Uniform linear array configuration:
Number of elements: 12
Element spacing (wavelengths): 0.5
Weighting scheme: exponential
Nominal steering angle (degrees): -30
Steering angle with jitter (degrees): -31.294
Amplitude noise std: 0.05
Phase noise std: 0.05

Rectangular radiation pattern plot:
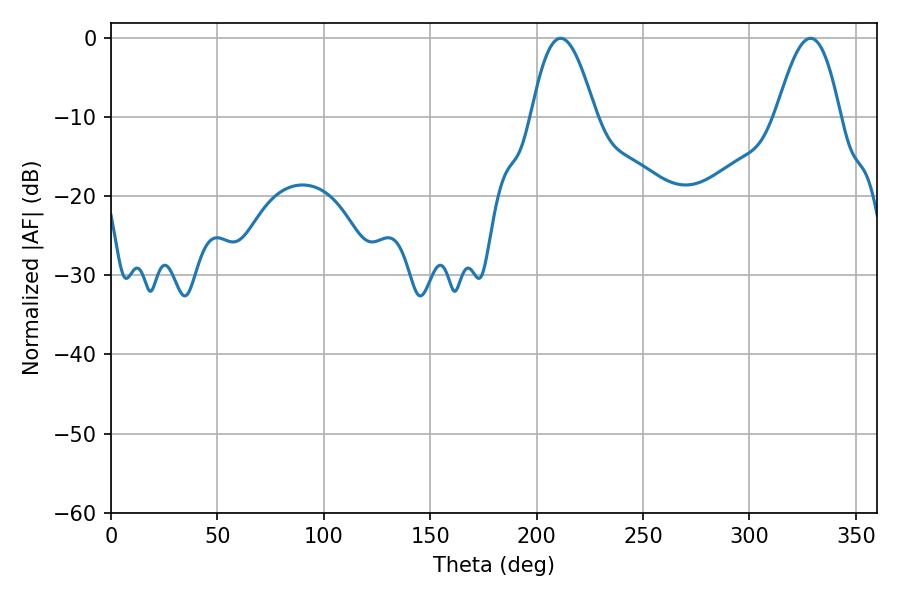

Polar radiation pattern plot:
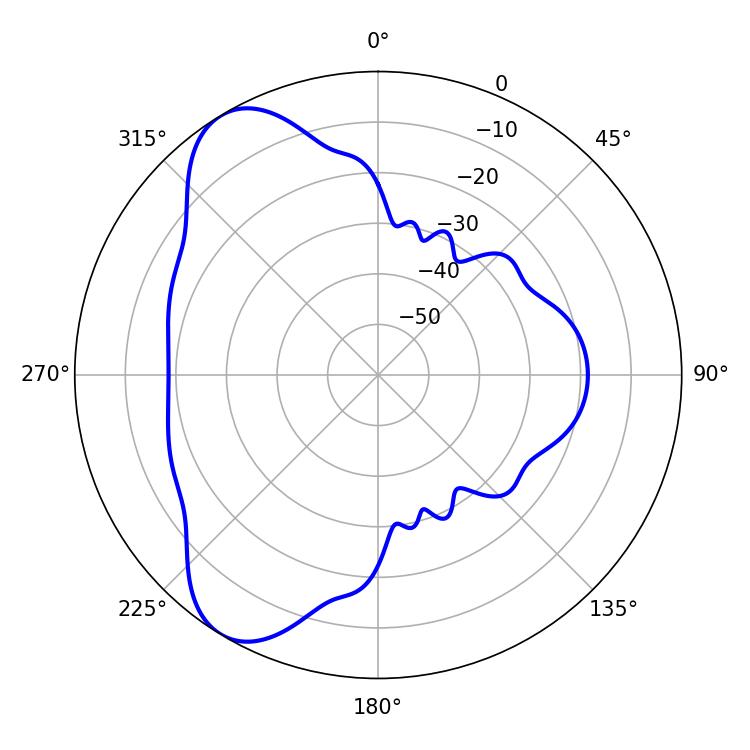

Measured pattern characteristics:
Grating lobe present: FALSE
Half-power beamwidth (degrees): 16.2
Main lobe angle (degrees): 211.32